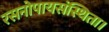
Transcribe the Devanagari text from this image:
रसनोपायसंस्थिता।